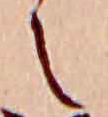
え